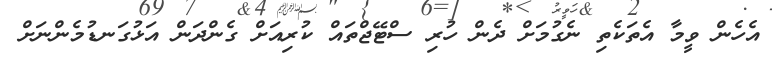
އެހެން ވީމާ އެތަކެތި ނެގުމަށް ދެން ހުރި ސްޓޭޖްތައް ކުރިއަށް ގެންދަން އަޅުގަނޑުމެންނަށް